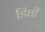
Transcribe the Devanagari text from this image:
डिंघी